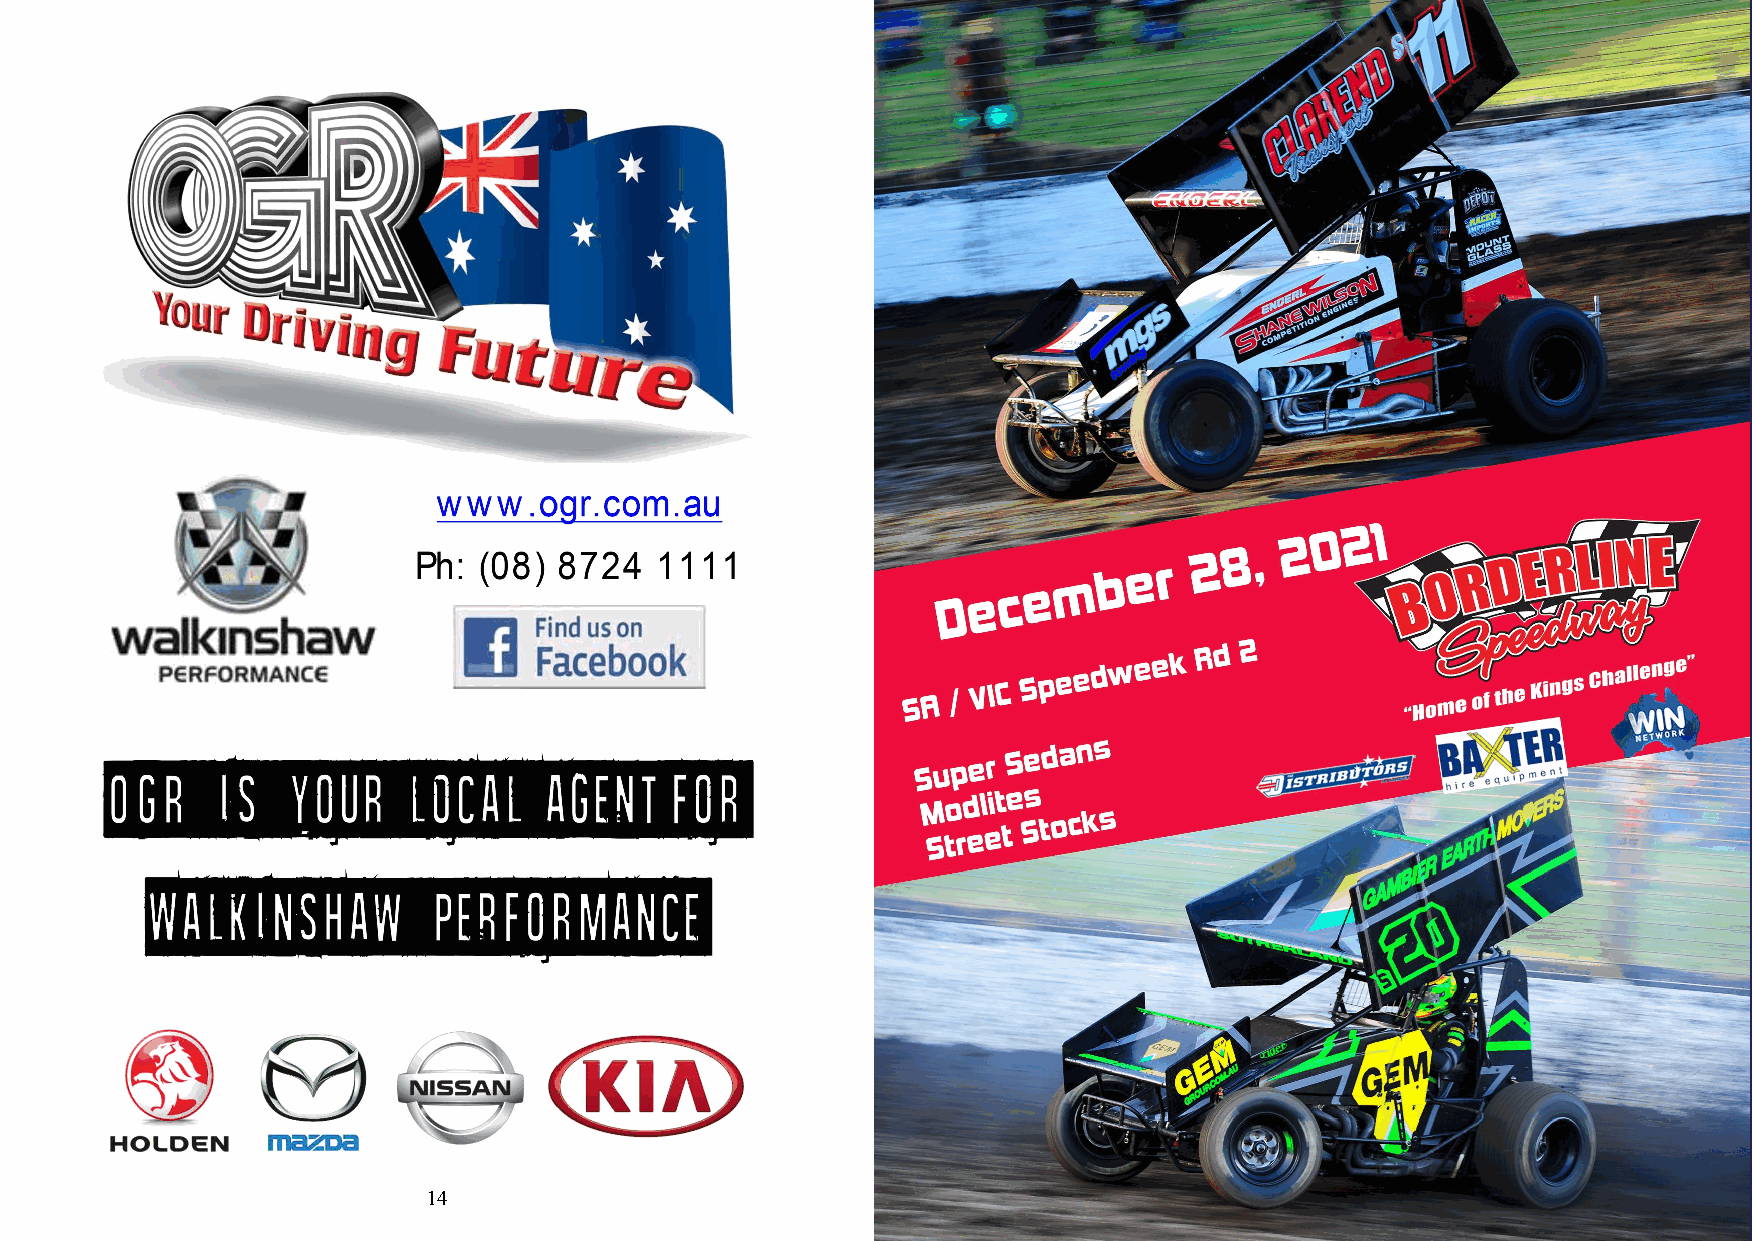
14                             www.borderlinespeedway.c    om.au       LIKE US